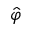
\hat { \varphi }